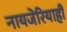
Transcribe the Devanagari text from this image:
नायजेरियाही